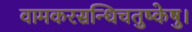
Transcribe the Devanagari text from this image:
वामकरसन्धिचतुष्केषु।